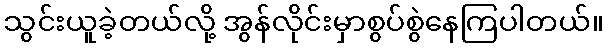
သွင်းယူခဲ့တယ်လို့ အွန်လိုင်းမှာစွပ်စွဲနေကြပါတယ်။